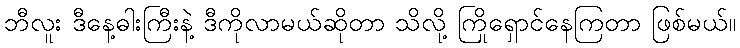
ဘီလူး ဒီနေ့ဓါးကြီးနဲ့ ဒီကိုလာမယ်ဆိုတာ သိလို့ ကြိုရှောင်နေကြတာ ဖြစ်မယ်။